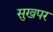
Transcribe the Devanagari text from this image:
सुखपर